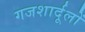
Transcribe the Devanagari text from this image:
गजशार्दूलों